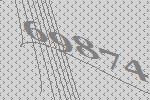
69874